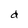
Character: d